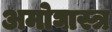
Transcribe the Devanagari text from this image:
अमोघास्त्र